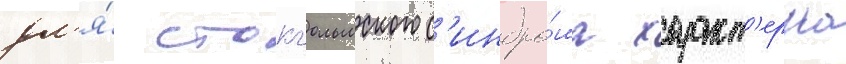
дл'я́ стокгольмского с'индро́ма характ'ерна